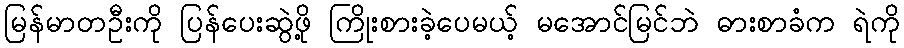
မြန်မာတဦးကို ပြန်ပေးဆွဲဖို့ ကြိုးစားခဲ့ပေမယ့် မအောင်မြင်ဘဲ ဓားစာခံက ရဲကို